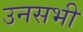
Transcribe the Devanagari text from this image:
उनसभी